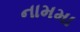
નામમા